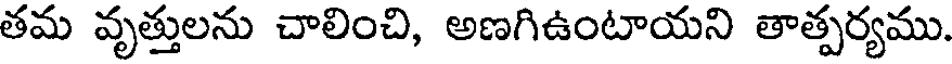
తమ వృత్తులను చాలించి, అణగిఉంటాయని తాత్పర్యము.